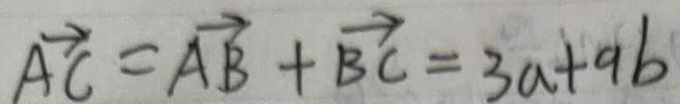
\overrightarrow { A C } = \overrightarrow { A B } + \overrightarrow { B C } = 3 a + a b